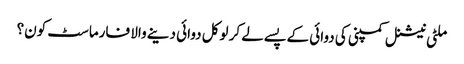
ملٹی نیشنل کمپنی کی دوائی کے پسے لے کر لوکل دوائی دینے والا فارماسٹ کون؟